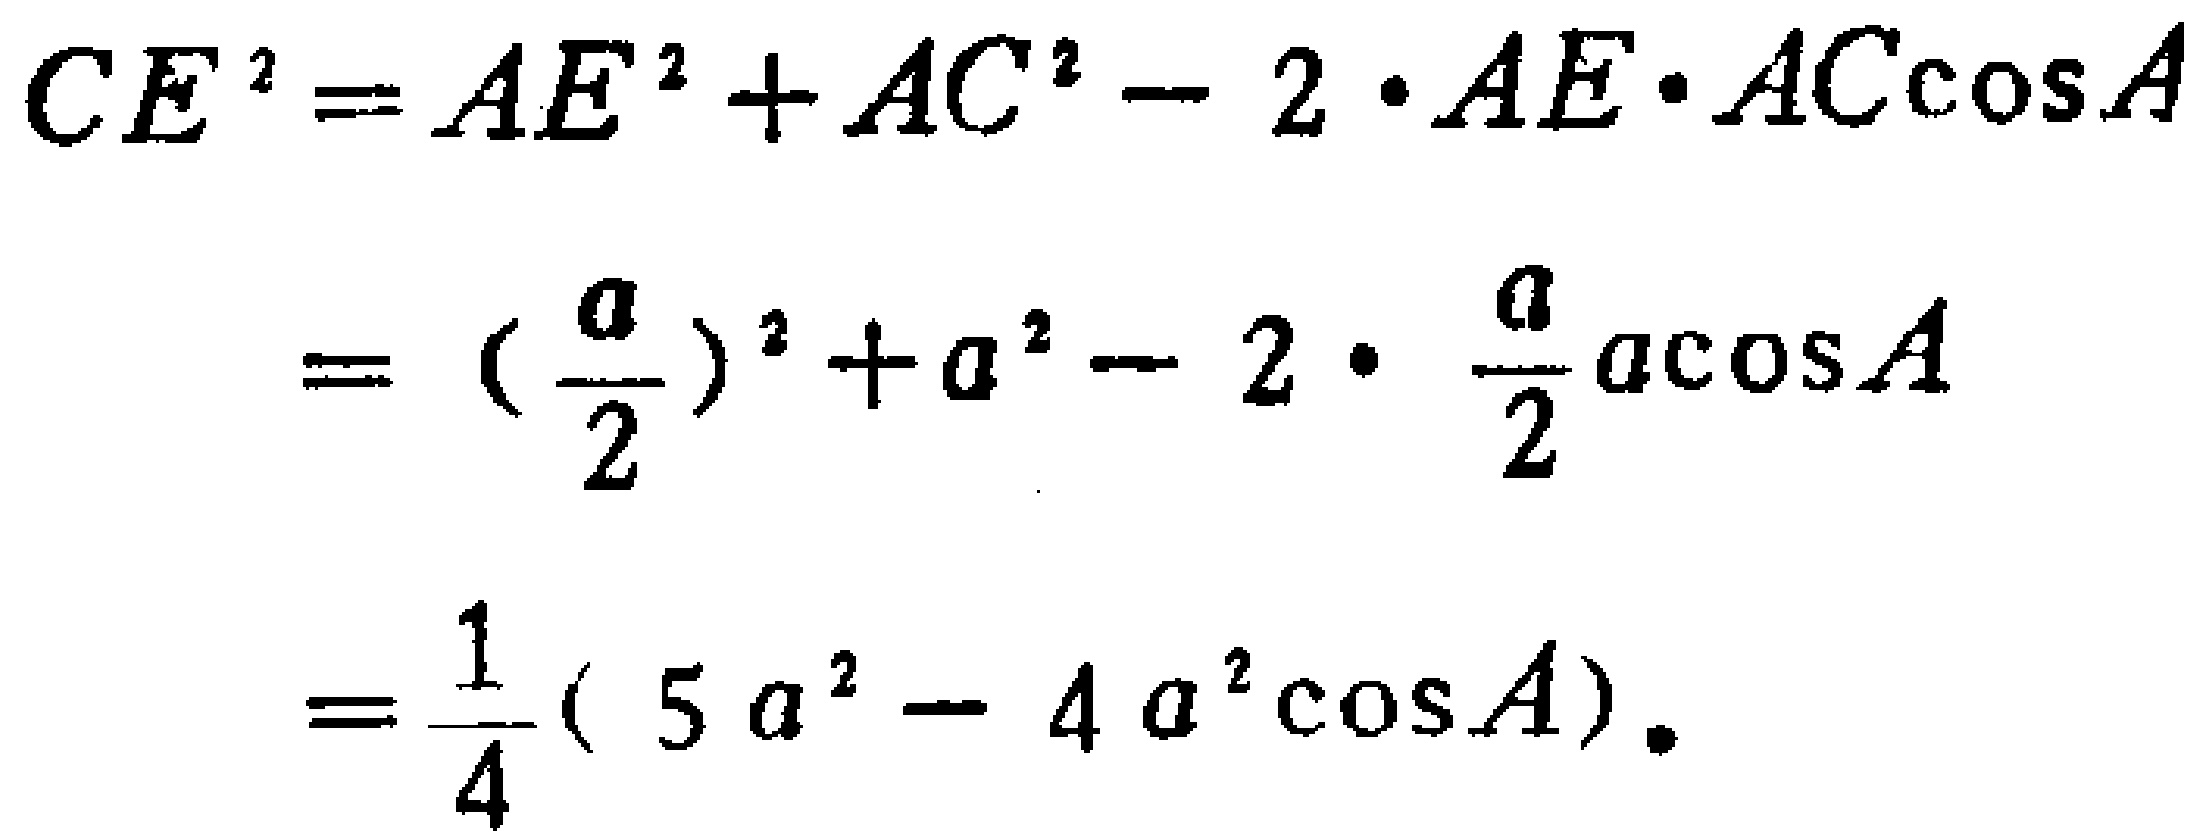
\[
\begin{align*}
CE^{2}&=AE^{2}+AC^{2}-2\cdot AE\cdot AC\cos A\\
&=(\frac{a}{2})^{2}+a^{2}-2\cdot\frac{a}{2}a\cos A\\
&=\frac{1}{4}(5a^{2}-4a^{2}\cos A).
\end{align*}
\]